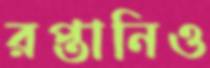
রপ্তানিও